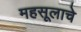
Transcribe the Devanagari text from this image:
महसूलाचे